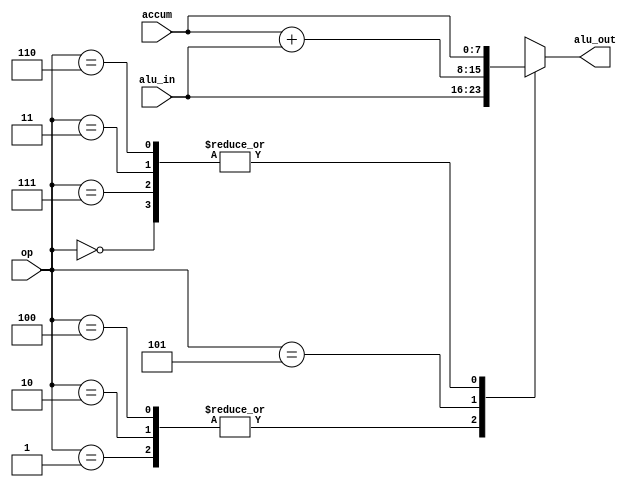
`timescale 1ns / 1ps
//////////////////////////////////////////////////////////////////////////////////
module alu(alu_out, alu_in, accum, op
    );
input [2:0] op;
input [7:0] alu_in,accum;
output reg [7:0] alu_out;

parameter 	NOP=3'b000,
			LDO=3'b001,
			LDA=3'b010,
			STO=3'b011,
			PRE=3'b100,
			ADD=3'b101,
			LDM=3'b110,
			HLT=3'b111;


always @(*) begin
		casez(op)
		NOP:	alu_out = accum;
		HLT:	alu_out = accum;
		LDO:	alu_out = alu_in;
		LDA:	alu_out = alu_in;
		STO:	alu_out = accum;
		PRE:	alu_out = alu_in;
		ADD:	alu_out = accum+alu_in;
		LDM:	alu_out = accum;
		default:	alu_out = 8'bzzzz_zzzz;
		endcase
end
			 
			
endmodule